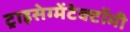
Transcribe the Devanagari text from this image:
ट्राइसेग्मेंटेक्टॉमी